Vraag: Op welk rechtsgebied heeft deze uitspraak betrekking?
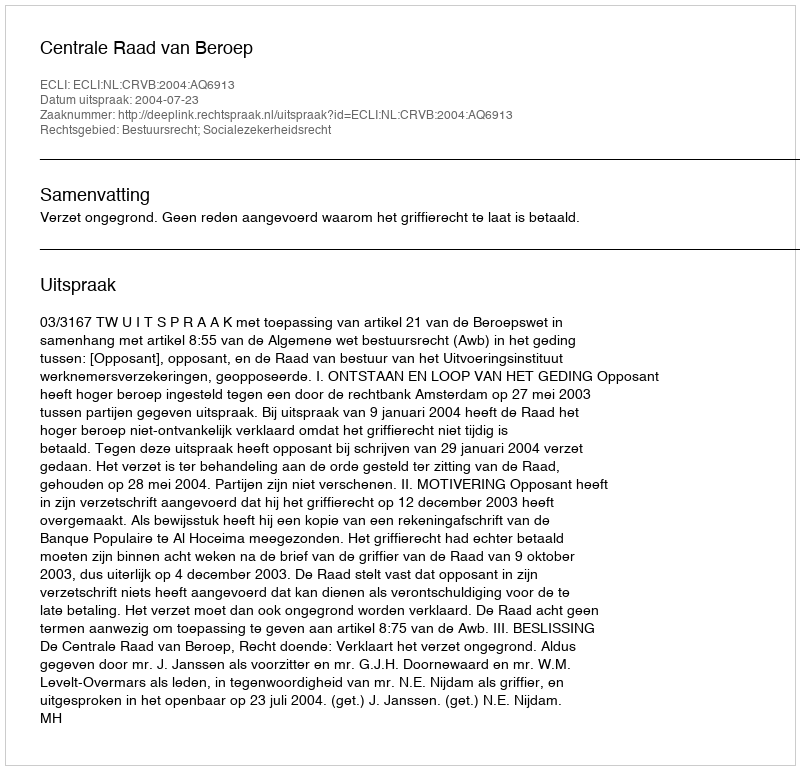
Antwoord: Bestuursrecht; Socialezekerheidsrecht